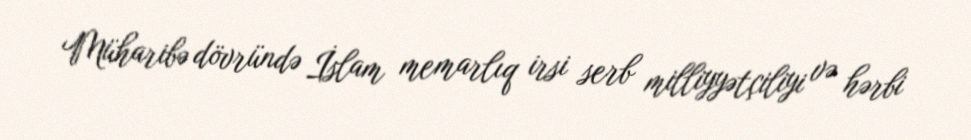
Müharibə dövründə İslam memarlıq irsi serb milliyyətçiliyi və hərbi